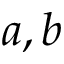
a , b